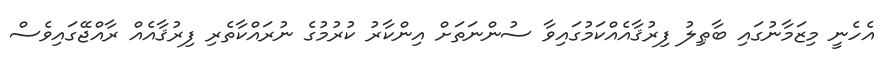
އެހެނީ މިޒަމާނުގައި ބާޠިލު ފިރުޤާއެއްކަމުގައިވާ ސުންނަތަށް އިންކާރު ކުރުމުގެ ނުރައްކާތެރި ފިރުޤާއެއް ރާއްޖޭގައިވެސް